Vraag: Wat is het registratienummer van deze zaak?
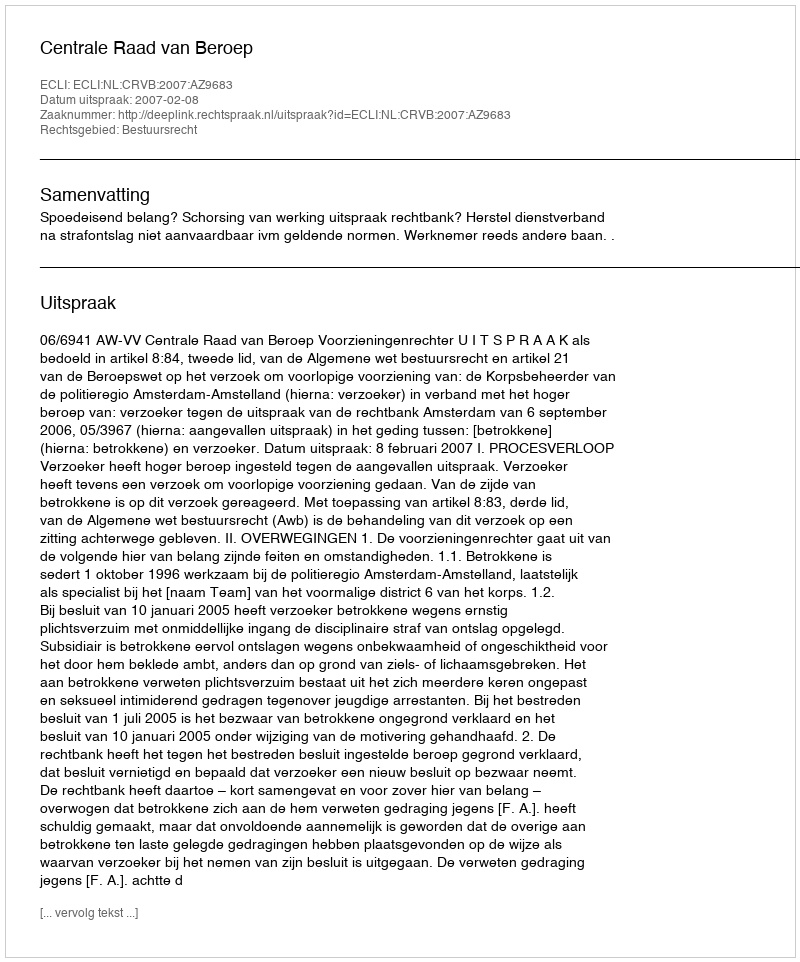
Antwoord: http://deeplink.rechtspraak.nl/uitspraak?id=ECLI:NL:CRVB:2007:AZ9683